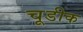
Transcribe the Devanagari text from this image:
चूडीक